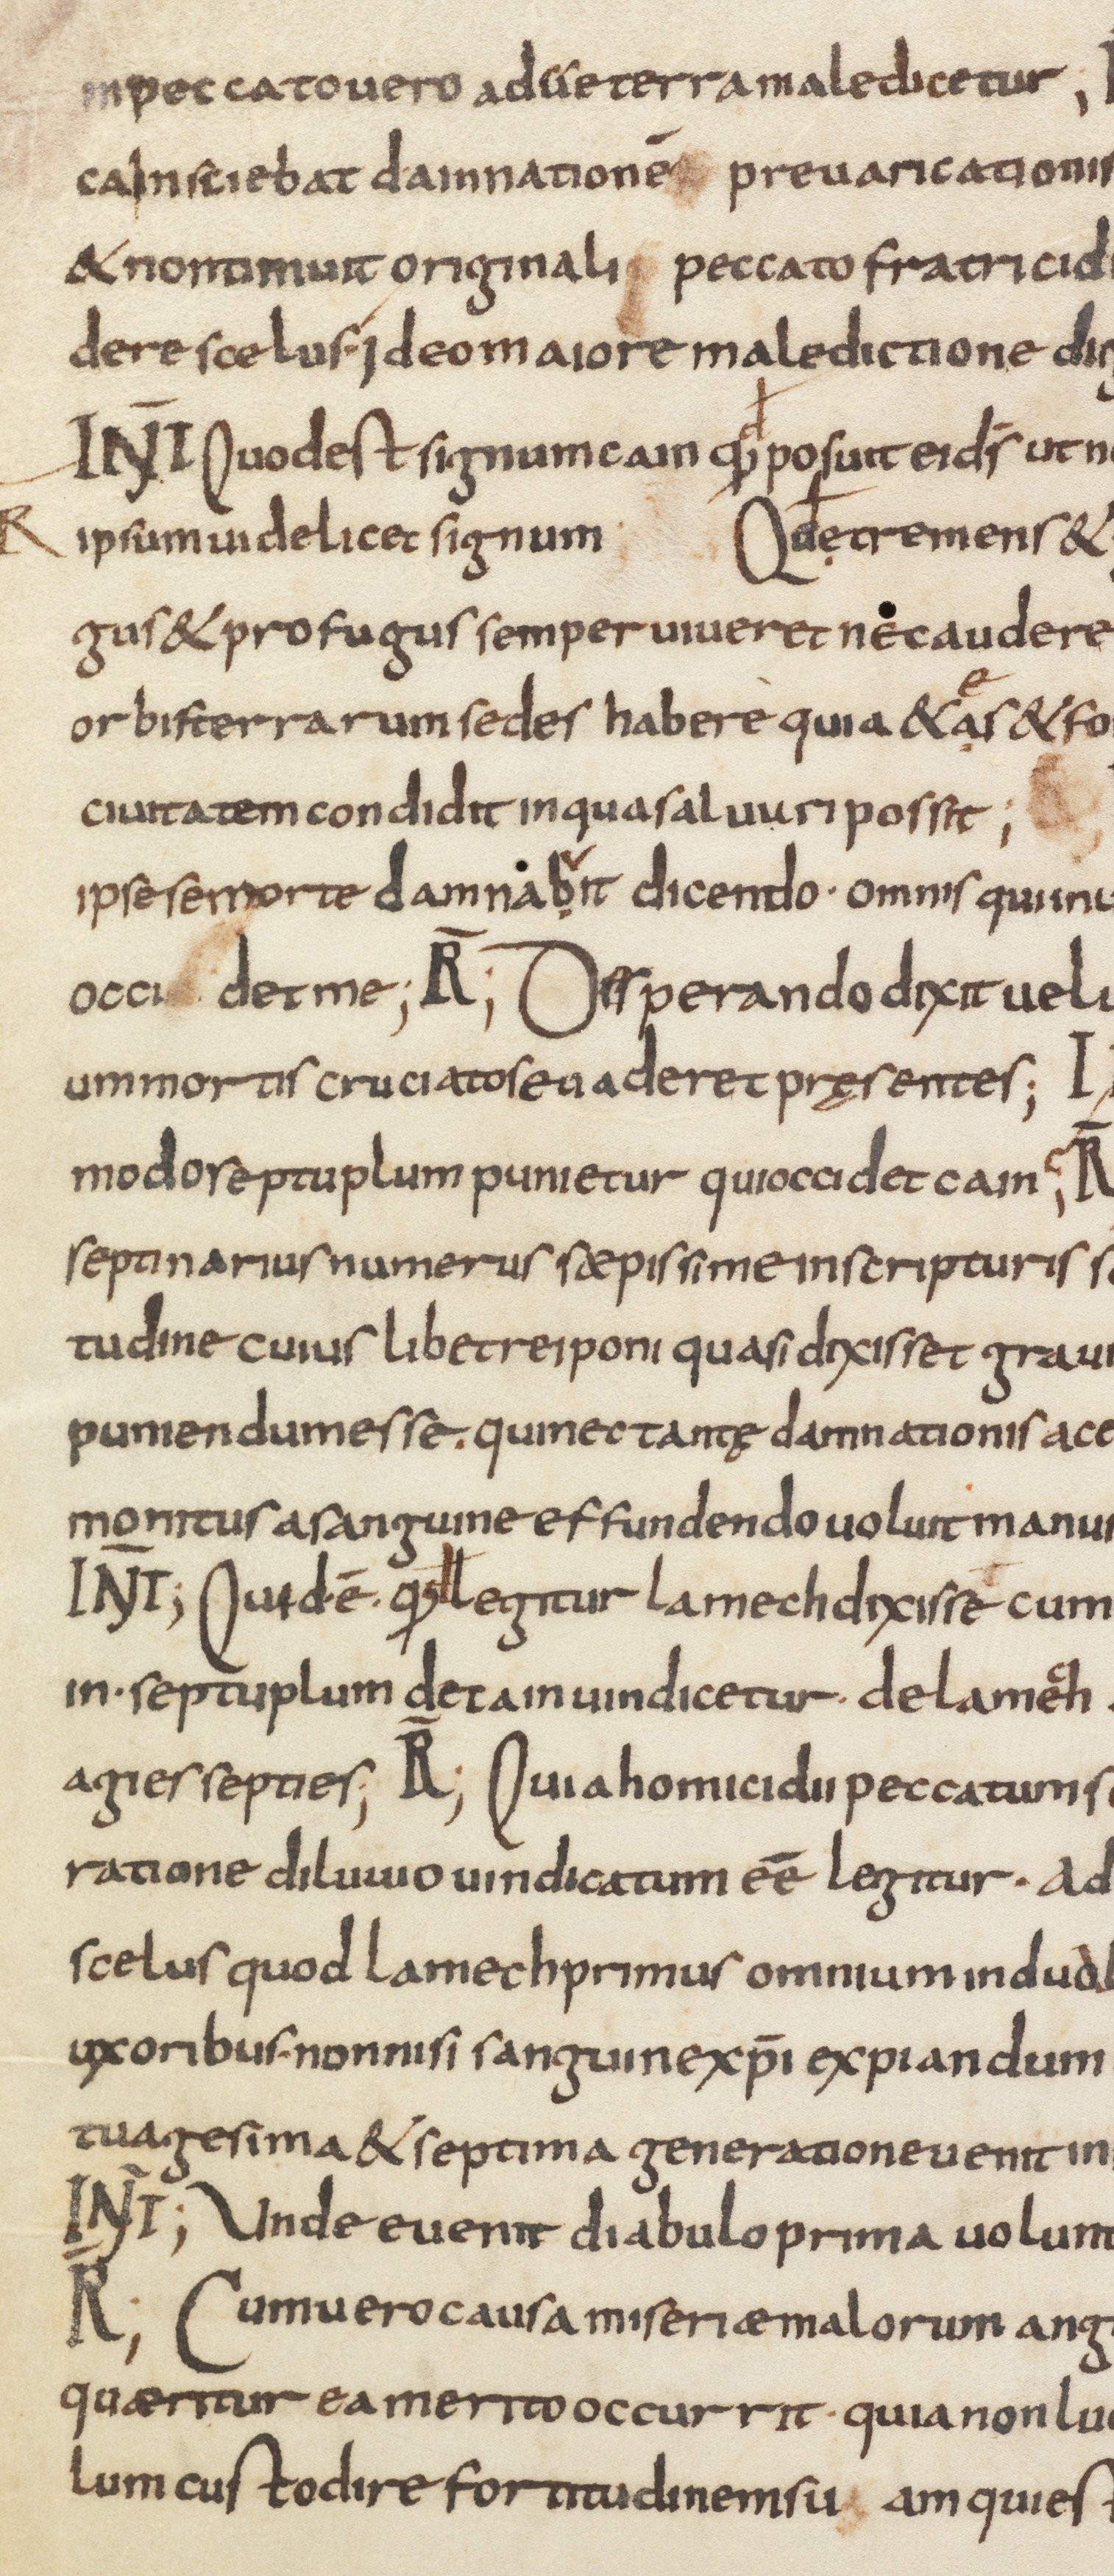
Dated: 833–865